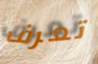
تعرف